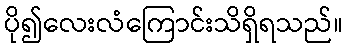
ပို၍လေးလံကြောင်းသိရှိရသည်။